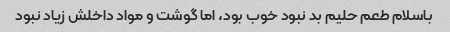
باسلام طعم حلیم بد نبود خوب بود، اما گوشت و مواد داخلش زیاد نبود